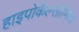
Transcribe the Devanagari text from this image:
हाइपोकैल्सीमिया